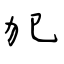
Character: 犯